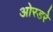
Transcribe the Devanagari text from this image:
ओरडरे